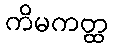
ကိမကတ္ထ